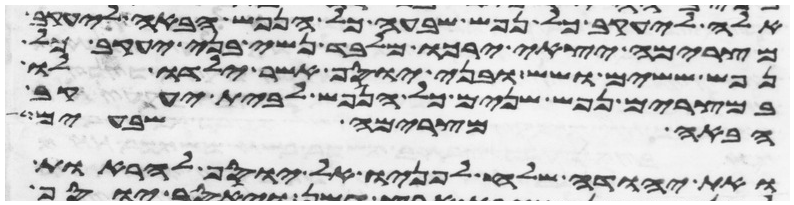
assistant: אלה ליעקב כל נפש שבע כל הנפש הבאה ליעקב
מצרימה יצאי ירכו מלבד נשי בני יעקב כל
נפש ששים ושש ובני יוסף אשר ילדו לו
במצרים נפש שנים כל הנפש לבית יעקב
הבאה מצרימה שבעים
ואת יהודה שלח לפניו אל יוסף להראות